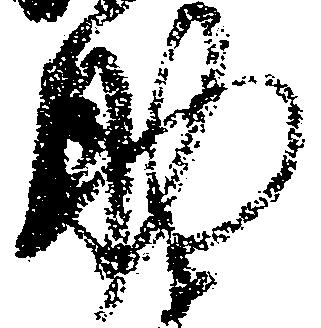
助